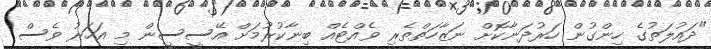
"ދައުލަތުގެ ހިންގުން ހަރުދަނާކޮށް ނަޒާހަތްތެރި ވެއްޓެއް ބިނާކުރުމަށް އޭސީސީން މި އަހަރު ވެސް